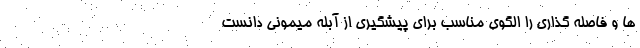
ها و فاصله گذاری را الگوی مناسب برای پیشگیری از آبله میمونی دانست